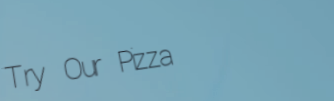
Try Our Pizza